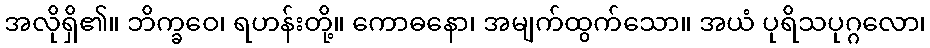
အလိုရှိ၏။ ဘိက္ခဝေ၊ ရဟန်းတို့။ ကောဓနော၊ အမျက်ထွက်သော။ အယံ ပုရိသပုဂ္ဂလော၊